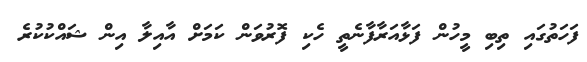
ފަހަތުގައި ތިބި މީހުން ފަޅާއަރާފާނެތީ ހެކި ފޮރުވަން ކަމަށް އާއިލާ އިން ޝައްކުކުރެ